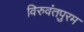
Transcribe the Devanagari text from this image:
विरुवंतपुरम